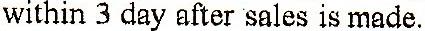
WITHIN 3 DAY AFTER SALES IS MADE.